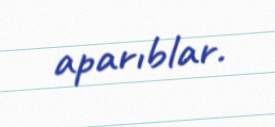
aparıblar.